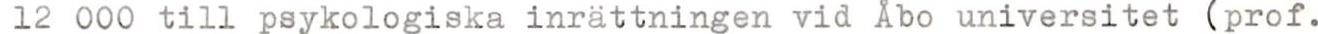
12 000 till psykologiska inrättningen vid Åbo universitet (prof.